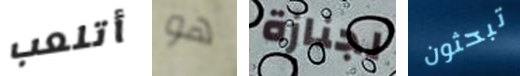
أتلعب هو لجنازة تبحثون